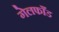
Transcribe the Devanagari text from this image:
गेलफाँड